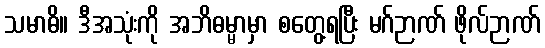
သမာဓိ။ ဒီအသုံးကို အဘိဓမ္မာမှာ စတွေ့ရပြီး မဂ်ဉာဏ် ဖိုလ်ဉာဏ်